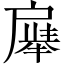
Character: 𪭚